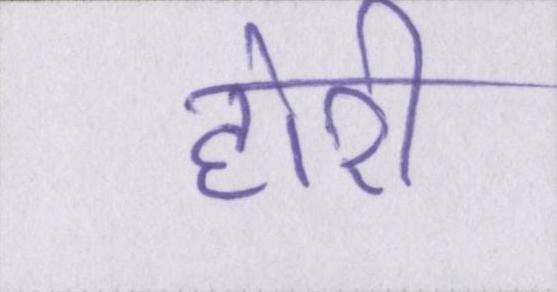
होरी